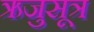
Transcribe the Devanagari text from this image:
ऋजुसूत्र